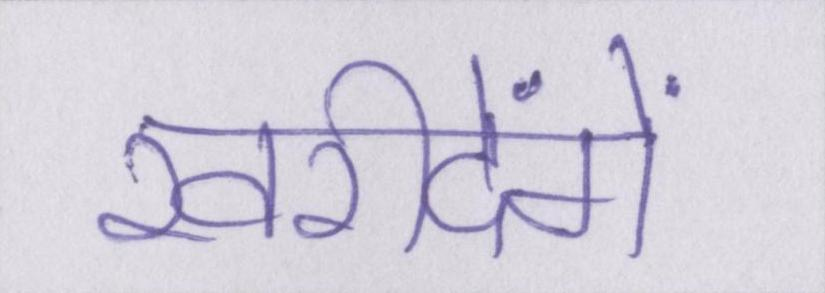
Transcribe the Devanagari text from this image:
खरीदेंगे